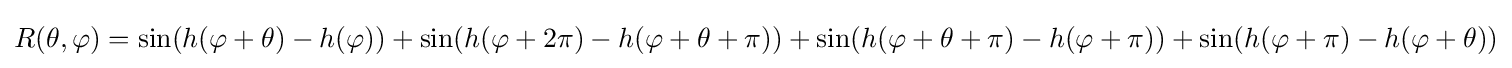
R(\theta ,\varphi )=\sin(h(\varphi +\theta )-h(\varphi ))+\sin(h(\varphi +2\pi )-h(\varphi +\theta +\pi ))+\sin(h(\varphi +\theta +\pi )-h(\varphi +\pi ))+\sin(h(\varphi +\pi )-h(\varphi +\theta ))